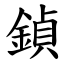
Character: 鍞